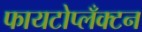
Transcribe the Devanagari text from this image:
फायटोप्लँक्टन